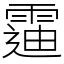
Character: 䨤